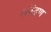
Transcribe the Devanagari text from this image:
सकेंद्रण